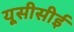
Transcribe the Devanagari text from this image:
यूसीसीई